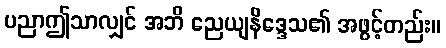
ပညာဤသာလျှင် အဘိ ညေယျနိဒ္ဒေသ၏ အဖွင့်တည်း။